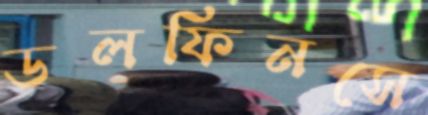
ডলফিনসে